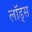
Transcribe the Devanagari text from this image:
लॉड्स